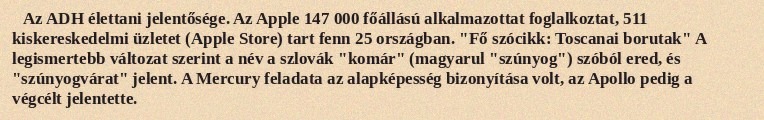
Az ADH élettani jelentősége. Az Apple 147 000 főállású alkalmazottat foglalkoztat, 511 kiskereskedelmi üzletet (Apple Store) tart fenn 25 országban. "Fő szócikk: Toscanai borutak" A legismertebb változat szerint a név a szlovák "komár" (magyarul "szúnyog") szóból ered, és "szúnyogvárat" jelent. A Mercury feladata az alapképesség bizonyítása volt, az Apollo pedig a végcélt jelentette.